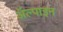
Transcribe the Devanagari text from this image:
ॲल्पाइन